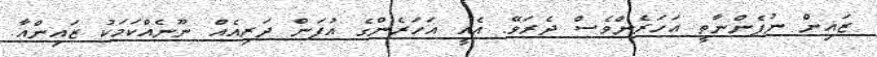
ޒައިން ނުފެންނާތީ އަހަރެންވެސް ދެރަވޭ. އެއީ އަހަރެންގެ އުފަން ދަރިއެއް ނޫނެއްކަމަކު ޒައިންއާ